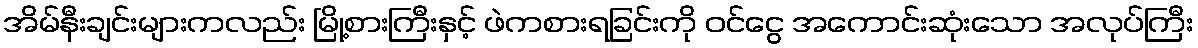
အိမ်နီးချင်းများကလည်း မြို့စားကြီးနှင့် ဖဲကစားရခြင်းကို ဝင်ငွေ အကောင်းဆုံးသော အလုပ်ကြီး